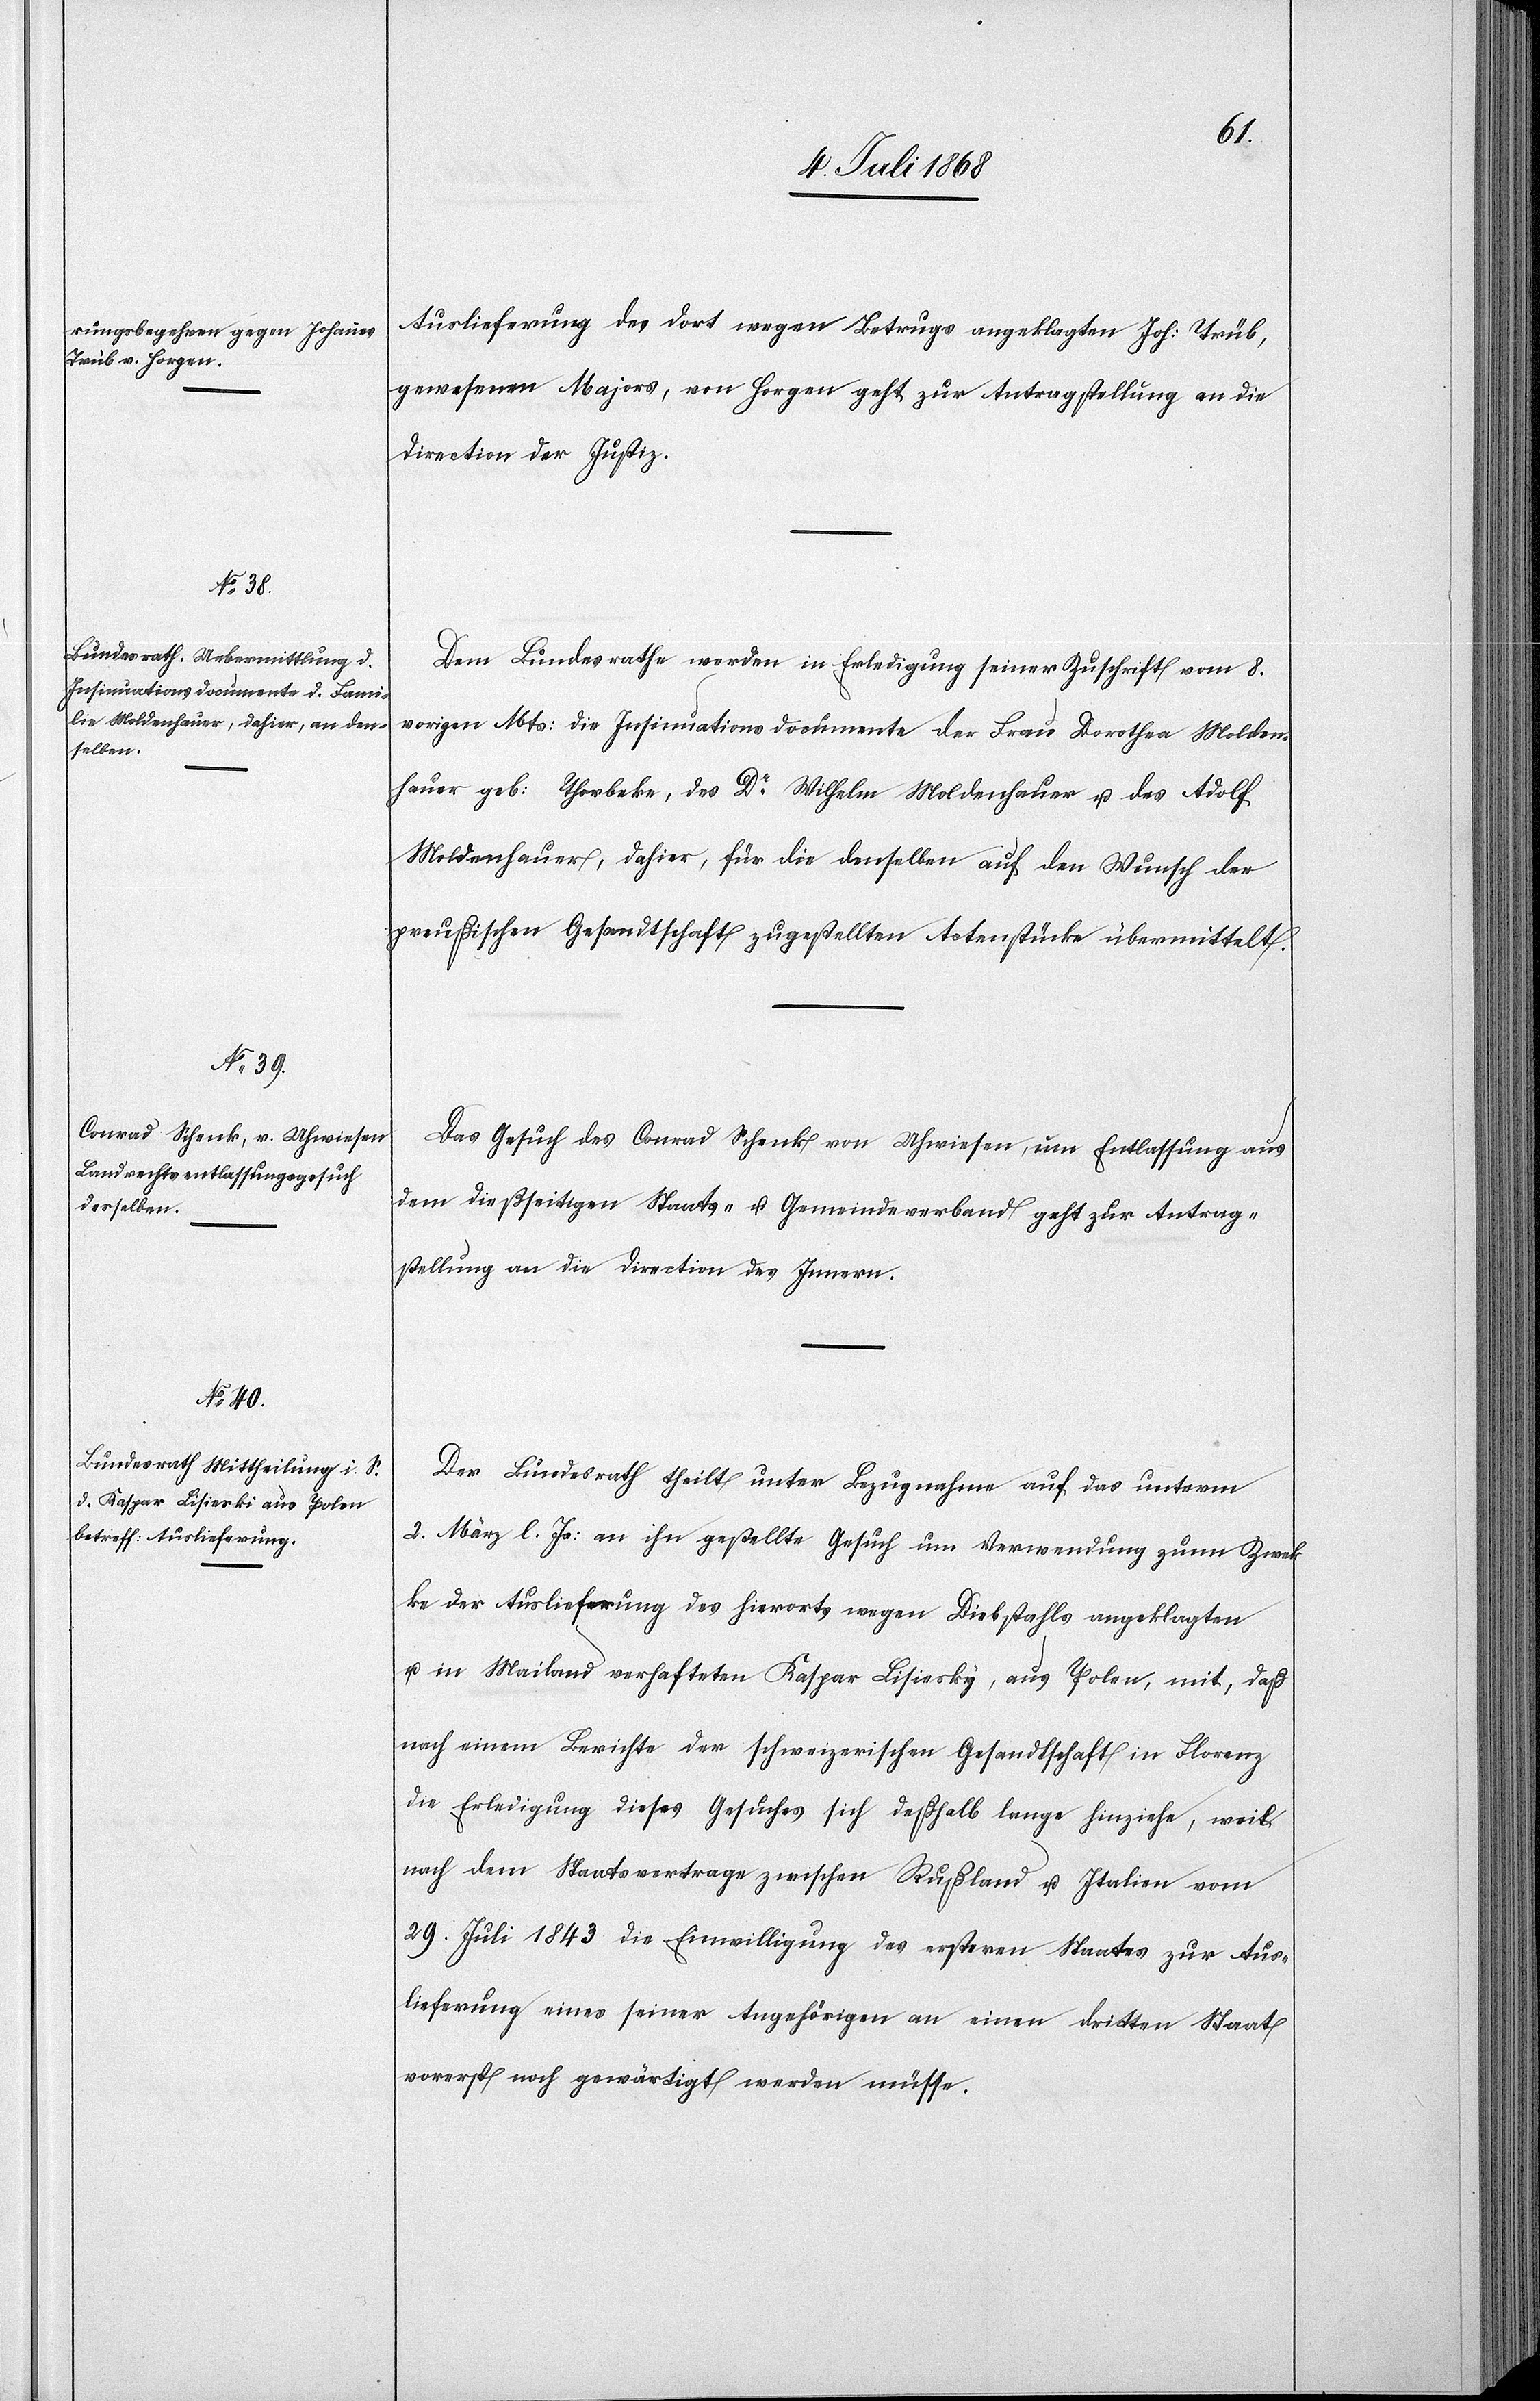
Zwek¬
8. Juli 1868.]
Auslieferung des dort wegen Betrugs angeklagten Joh: Trüb,
gewesenen Majors, von Horgen geht zur Antragstellung an die
Direction der Justiz.
Dem Bundesrathe werden in Erledigung seiner Zuschrift vom 8.
vorigen Mts: die Insinuationsdocumente der Frau Dorothea Molden¬
hauer geb: Thorbeke, des Dr Wilhelm Moldenhauer u. des Adolf
Moldenhauer, dahier, für die denselben auf den Wunsch der
preußischen Gesandtschaft zugestellten Actenstücke übermittelt.
Das Gesuch des Conrad Schenk von Uhwiesen, um Entlassung aus
dem dießseitigen Staats- u. Gemeindeverband geht zur Antrag¬
stellung an die Direction des Innern.
Der Bundesrath theilt unter Bezugnahme auf das unterm
2. März l. Js: an ihn gestellte Gesuch um Verwendung zunn [recte:
ke der Auslieferung des hierorts wegen Diebstahls angeklagten
u. in Mailand verhafteten Kaspar Lisiesky, aus Polen, mit, daß
nach einem Berichte der schweizerischen Gesandtschaft in Florenz
die Erledigung dieses Gesuches sich deßhalb lange hinziehe, weil
nach dem Staatsvertrage zwischen Rußland u. Italien vom
29. Juli 1843 die Einwilligung des ersteren Staates zur Aus¬
lieferung eines seiner Angehörigen an einen dritten Staat
vorerst noch gewärtigt werden müsse.